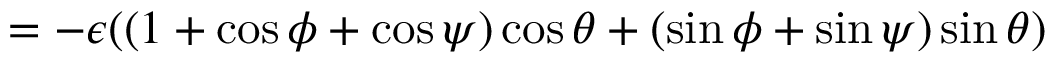
= - \epsilon ( ( 1 + \cos \phi + \cos \psi ) \cos \theta + ( \sin \phi + \sin \psi ) \sin \theta )